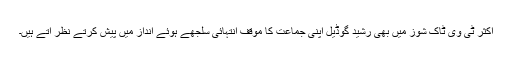
اکثر ٹی وی ٹاک شوز میں بھی رشید گوڈیل اپنی جماعت کا موقف انتہائی سلجھے ہوئے انداز میں پیش کرتے نظر آتے ہیں۔